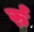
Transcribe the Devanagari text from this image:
र्रु